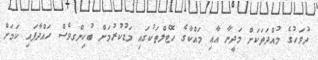
ދުވަހުގެ މުއްދަތަކަށް މަދީނާ އާއި މައްކާގެ ހޮޓެލްތަކުގައި މަޑުކުރުމަށް ބުކިންގވެސް ހައްދާފައި ކަމަށް